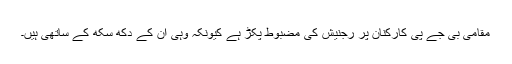
مقامی بی جے پی کارکنان پر رجنیش کی مضبوط پکڑ ہے کیونکہ وہی ان کے دکھ سکھ کے ساتھی ہیں۔